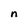
Character: n